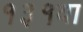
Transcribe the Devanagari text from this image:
१३१वा